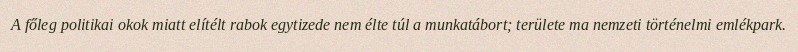
A főleg politikai okok miatt elítélt rabok egytizede nem élte túl a munkatábort; területe ma nemzeti történelmi emlékpark.